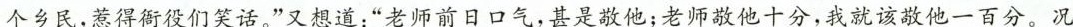
个乡民，惹得衙役们笑话，”又想道：”老师前日 气，甚是敬他；老师敬他十分，我就该敬他一百分，况